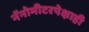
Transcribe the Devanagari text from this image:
नॅनोमीटरपेक्षाही